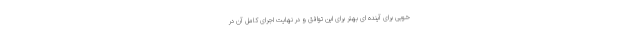
خوبی برای آینده ای بهتر برای این توافق و در نهایت اجرای کامل آن در